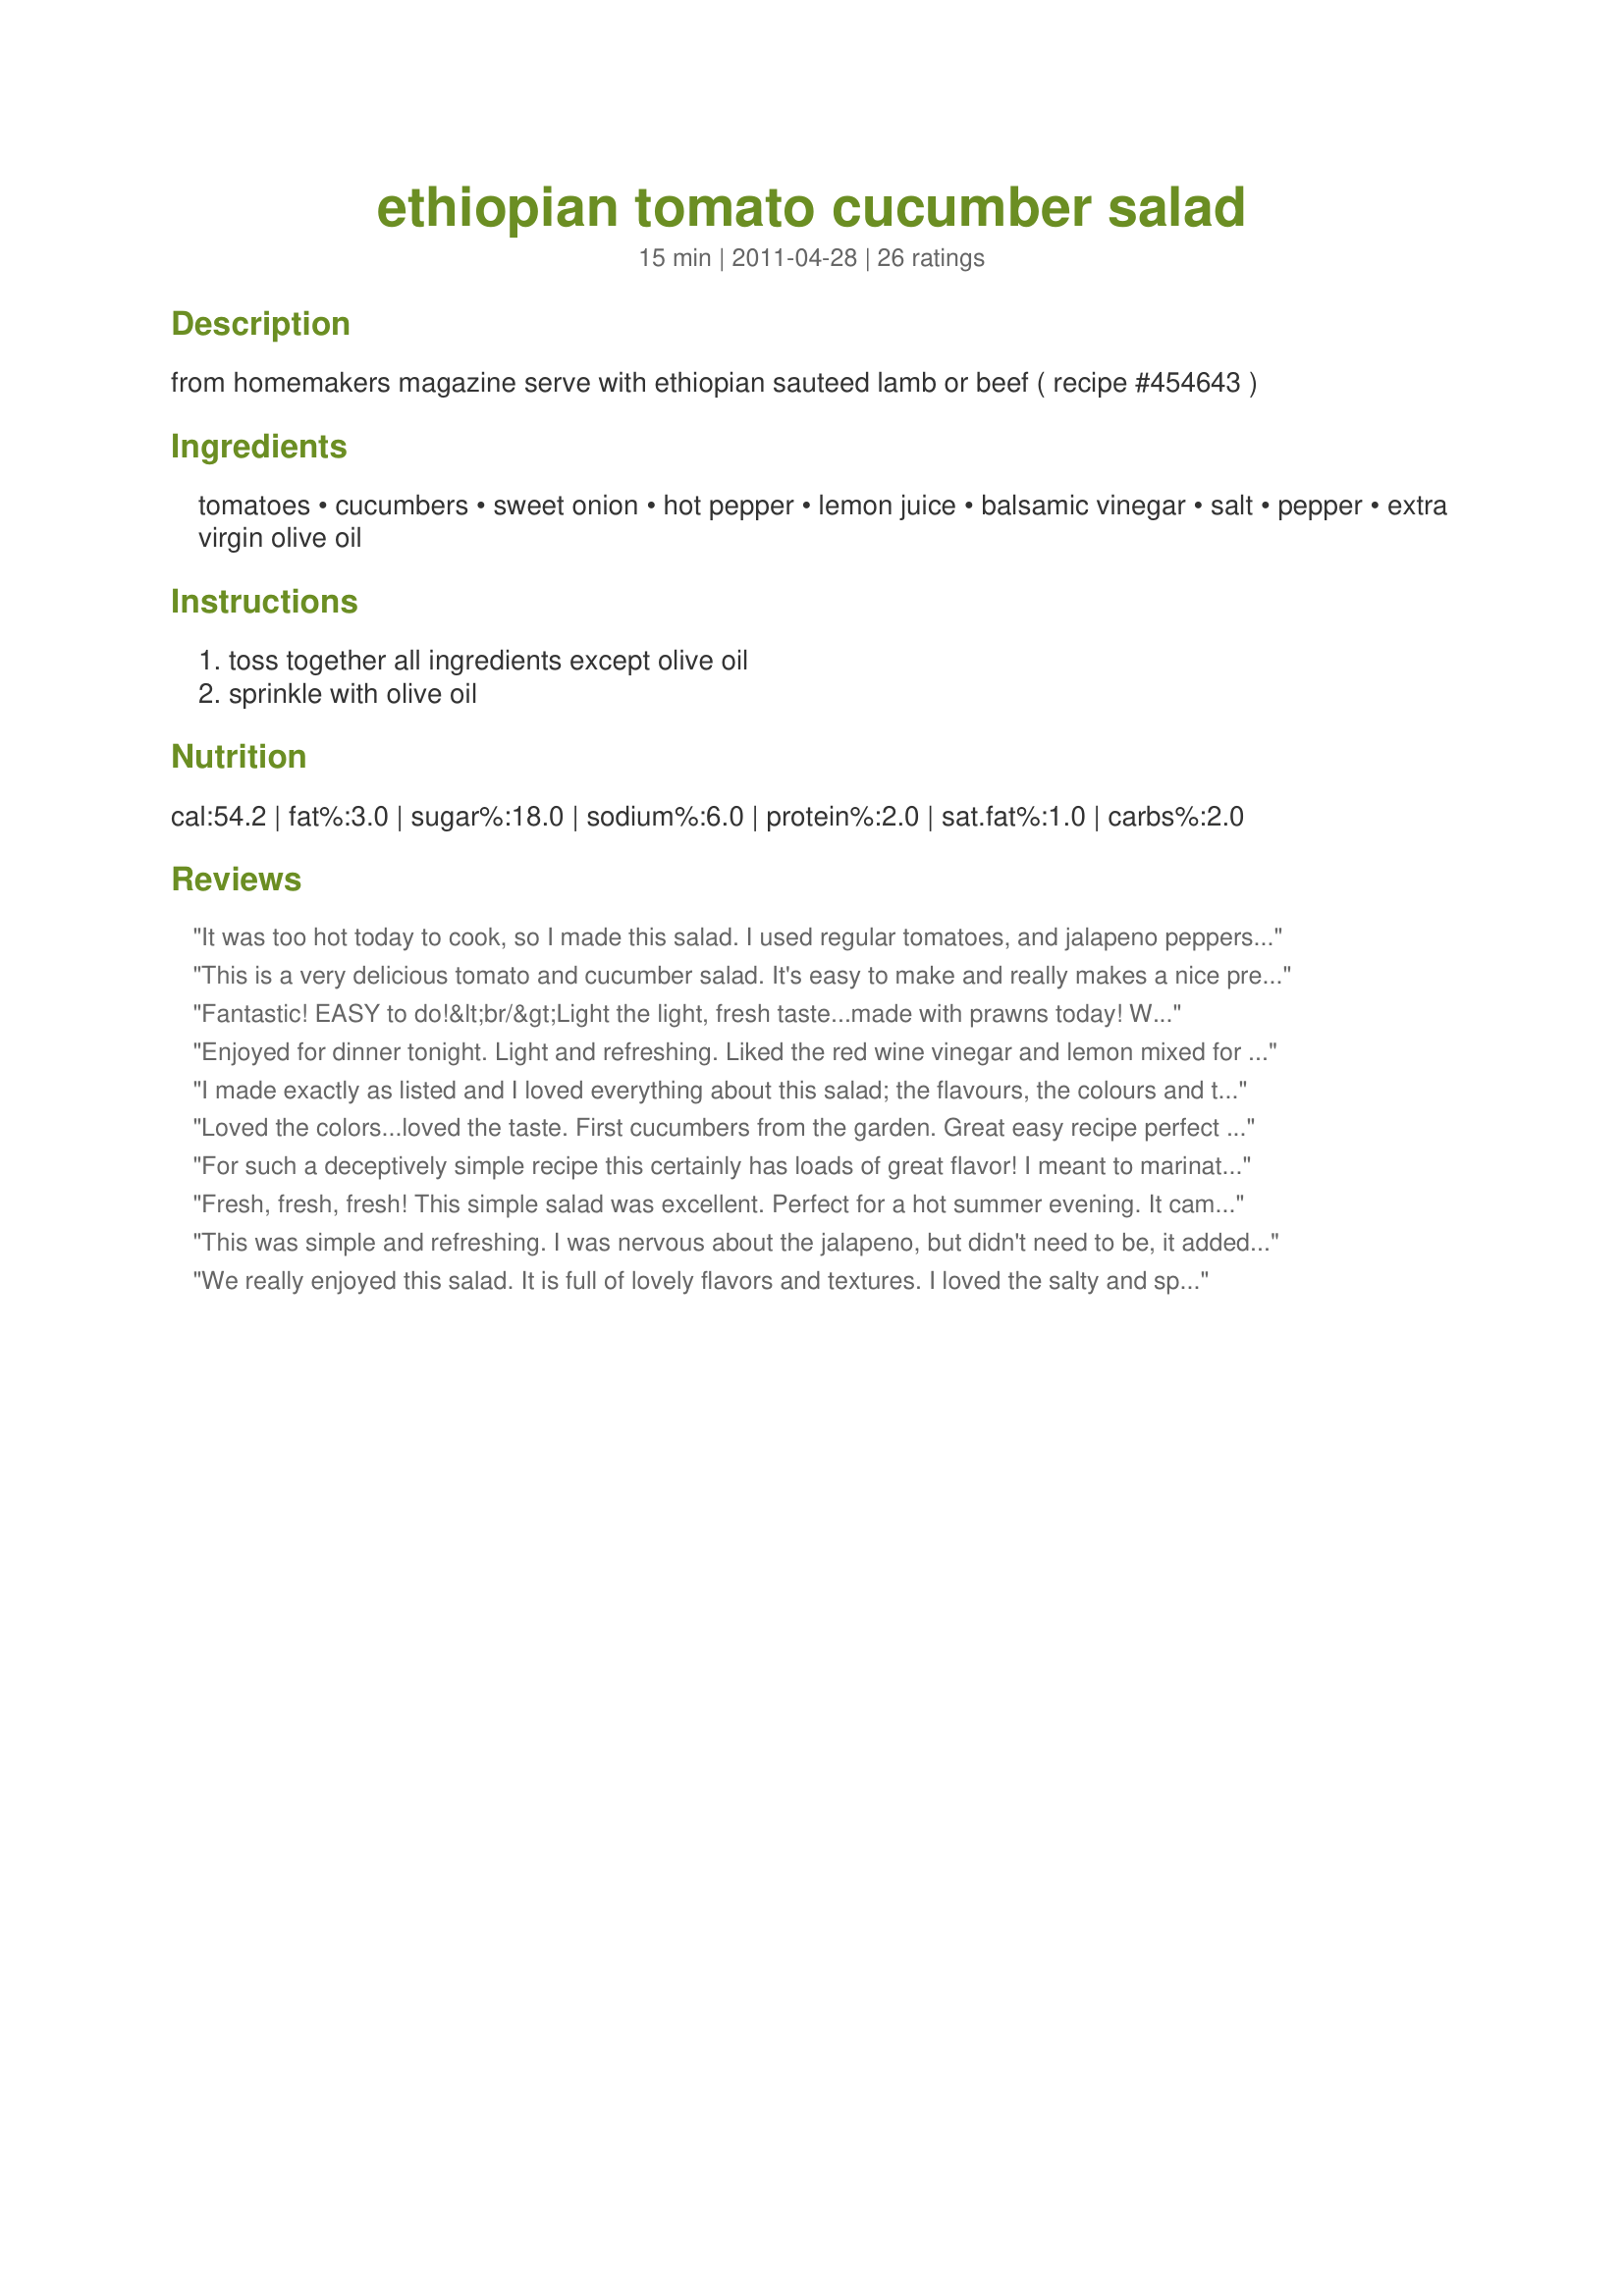
ethiopian tomato cucumber salad
Preparation time: 15 minutes

from homemakers magazine
serve with ethiopian sauteed lamb or beef ( recipe #454643 )

Ingredients:
tomatoes, cucumbers, sweet onion, hot pepper, lemon juice, balsamic vinegar, salt, pepper, extra virgin olive oil

Steps:
toss together all ingredients except olive oil, sprinkle with olive oil

Reviews:
It was too hot today to cook, so I made this salad. I used regular tomatoes, and jalapeno peppers, because I really wanted to bring some heat to the dish. I served it with couscous, so it made for a light, vegetarian meal.
This is a very delicious tomato and cucumber salad. It's easy to make and really makes a nice presentation with all of the colors. I enjoyed the combination of the lemon juice and balsamic together. Great recipe.
Fantastic! EASY to do!&lt;br/&gt;Light the light, fresh taste...made with prawns today! Was GREAT! WHOO HOO!&lt;br/&gt;I used red win vinegar and a hot green chili!&lt;br/&gt;DEFINITE keeper this recipe is for me!
Enjoyed for dinner tonight. Light and refreshing. Liked the red wine vinegar and lemon mixed for the dressing. Thank You. ZWT7~Emerald City Shakers.
I made exactly as listed and I loved everything about this salad; the flavours, the colours and the lightness of the dressing/vinagrette. I will be adding this to my favorites of 2011. Made for ZWT 7 - Food.Commandoes
Loved the colors...loved the taste. First cucumbers from the garden. Great easy recipe perfect for summer. Made for ZWT7.
For such a deceptively simple recipe this certainly has loads of great flavor! I meant to marinate it for a while, but in the end ran out of time and got it mixed together minutes before serving dinner. No matter--the flavors were terrific and the vinegar worked its magic on the raw onion, making it approachable for people like me who can't normally handle raw onion. I can't wait to make this again as the tomato season comes into full swing this summer. For me the lemon set this apart from other similar recipes, and I can't wait to try it with a pepper (skipped it this time for the benefit of little ones). Thanks for posting, Dreamer! Made for ZWT 7, for the Vivacious Violets.
Fresh, fresh, fresh! This simple salad was excellent. Perfect for a hot summer evening. It came together in no time. It had just the right amount hot pepper to really add some zing. I'll definitely make this again.
This was simple and refreshing. I was nervous about the jalapeno, but didn't need to be, it added to the flavor but not too much heat. Had this dish with food that was rich. The acid of the dish was perfect to cut through the fat of the rest of the meal. It was great. Thanks for posting Dreamer.
We really enjoyed this salad. It is full of lovely flavors and textures. I loved the salty and spicy flavor. I used the red wine vinegar option, it mixed beautifully with the lemon and oil. Thank you for making our Ethiopian meal even better. Made for CQ4 - Ethiopia.
Lots of cucumbers and tomatoes from the garden this time of year. I was looking for a way to use them up. I tripled the recipe and took them to a family reunion. It was ok, but I wasn&#039;t as well received as traditional tomato/cucumber salads. More than half the tray was left at the end of the day. I made this with the red wine because it is what I had on hand. If I make it again I think will try it with balsamic instead.
What a great salad. I made this for the African Vegetarian Challenge for ZWT7. Very fresh and full of flavor.
Excellent and refreshing salad, and authentic too. I spent a month in Ethiopia in 2009, and their salads tend to have sharp, sour flavours. I made half a batch, but the full amount of dressing so it's ready for the repeat salad I will make tomorrow. :) Used red onion, balsamic vinegar and an anaheim chilli. Thanks so much for posting.
Yummy! I used grape tomatoes, baby cukes, and only half of a jalapeno... So easy and delicious salad with a little twist!
Tasty but kind of bland. Hopefully it will be better tomorrow after the flavors meld. A good complement to the spicy meat and veggies of our Ethiopian dinner.
A wonderful light and refreshing salad! I used red wine vinegar and a jalapeno. We quite enjoyed this. Thanks for sharing! ZWT7
This was a nice refreshing salad that paired well with spicy wings. Thanks for sharing, Dreamer. Made for CQ4.
We love tomato and cucumber salads, but what makes this salad so wonderful is the addition of the hot pepper. It added a little kick that we really enjoyed. I used a large jalapeno, red onion, and the balsamic vinegar. This salad will be made often this summer. It's a great way to use up the excess tomatoes, cucumbers, and peppers that my garden is producing. **Made for 2017 Culinary Quest - Ethiopia for the Smok'in Chefs**
I liked this recipe & think it will be perfect with summer's fresh tomatoes. The dressing is light & with a slight heat. Very good! Made for ZWT7.
Very good and easy! We had it with fish but I think it will be wonderful with almost any main dish. For the hot pepper I used a jalapeno. Thanks for sharing!
This salad was delicious, a nice twist on the traditional cucumber salad. I added a bit more lemon & red wine vinegar and let it marinate for a couple of hours--great flavor. I may try it with balsamic next time just to see how it tastes. Thank you so much for posting!
Love Ethiopian salad, so this was just up my alley. I used red wine vinegar and some extra lemon and it came out great.
I could totally see this being a perfect side to grilled meats, but I liked it so much when I made it that I ended up eating this for lunch all by itself! I tried it immediately after making it, plus I tried some a couple hours later, and I ate the leftovers the next day. While it was good at all points, I think it tasted best a couple hours after making it. That way, the flavors had time to meld, but it wasn't so long that the tomatoes and cukes were getting soggy. I used the red wine vinegar and a Serrano for the pepper. Thanks for posting, Dreamer, and sorry for the not-so-hot cellphone photo, lol! Made for CQ2017 Ethiopia
REALLY good salad to pair with a spicy entree. I thought it could&#039;ve called for a bit more vinegar to give it a stronger taste. I would definitely make this again!
The hot pepper adds a nice kick and sets this cucumber and tomato salad apart from others of its kind. <br/>I really appreciated that this salad was quick, easy and healthy. Made as written. Thanks for the post.
We love this salad and it&#039;s a great compliment to spicy mains. I do kick it up a little by using two Serrano chili peppers and some paprika, and I double the dressing because it&#039;s that tasty.
